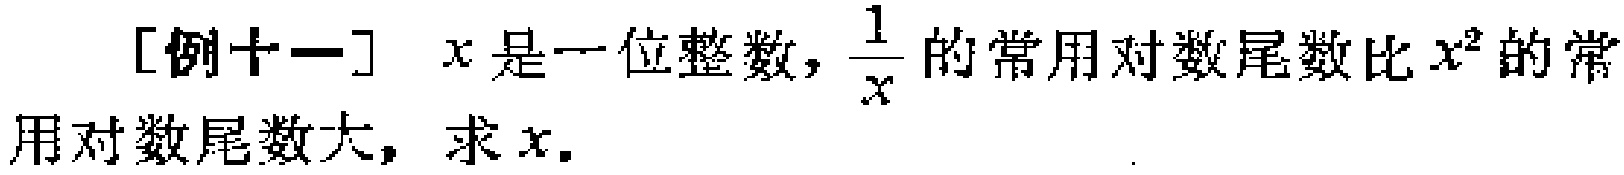
[例十一] \(x\)是一位整数，\(\frac{1}{x}\)的常用对数尾数比\(x^{2}\)的常用对数尾数大，求\(x\)。